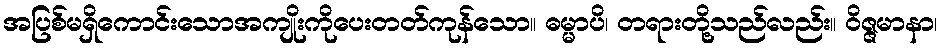
အပြစ်မရှိကောင်းသောအကျိုးကိုပေးတတ်ကုန်သော။ ဓမ္မာပိ၊ တရားတို့သည်လည်း။ ဝိဇ္ဇမာနာ၊